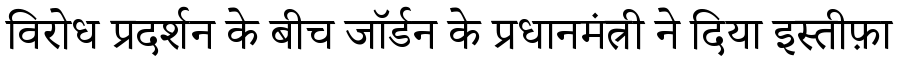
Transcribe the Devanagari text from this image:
विरोध प्रदर्शन के बीच जॉर्डन के प्रधानमंत्री ने दिया इस्तीफ़ा